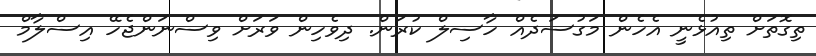
ތިގޮތަށް ތިއުޅެނީ އެހެން މަގުސަދެއް ހާސިލް ކުރަން. ދިވެހިން ވަރަށް ވިސްނަންޖެހޭ އިސްލާމް